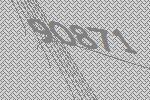
90871